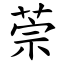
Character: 萗